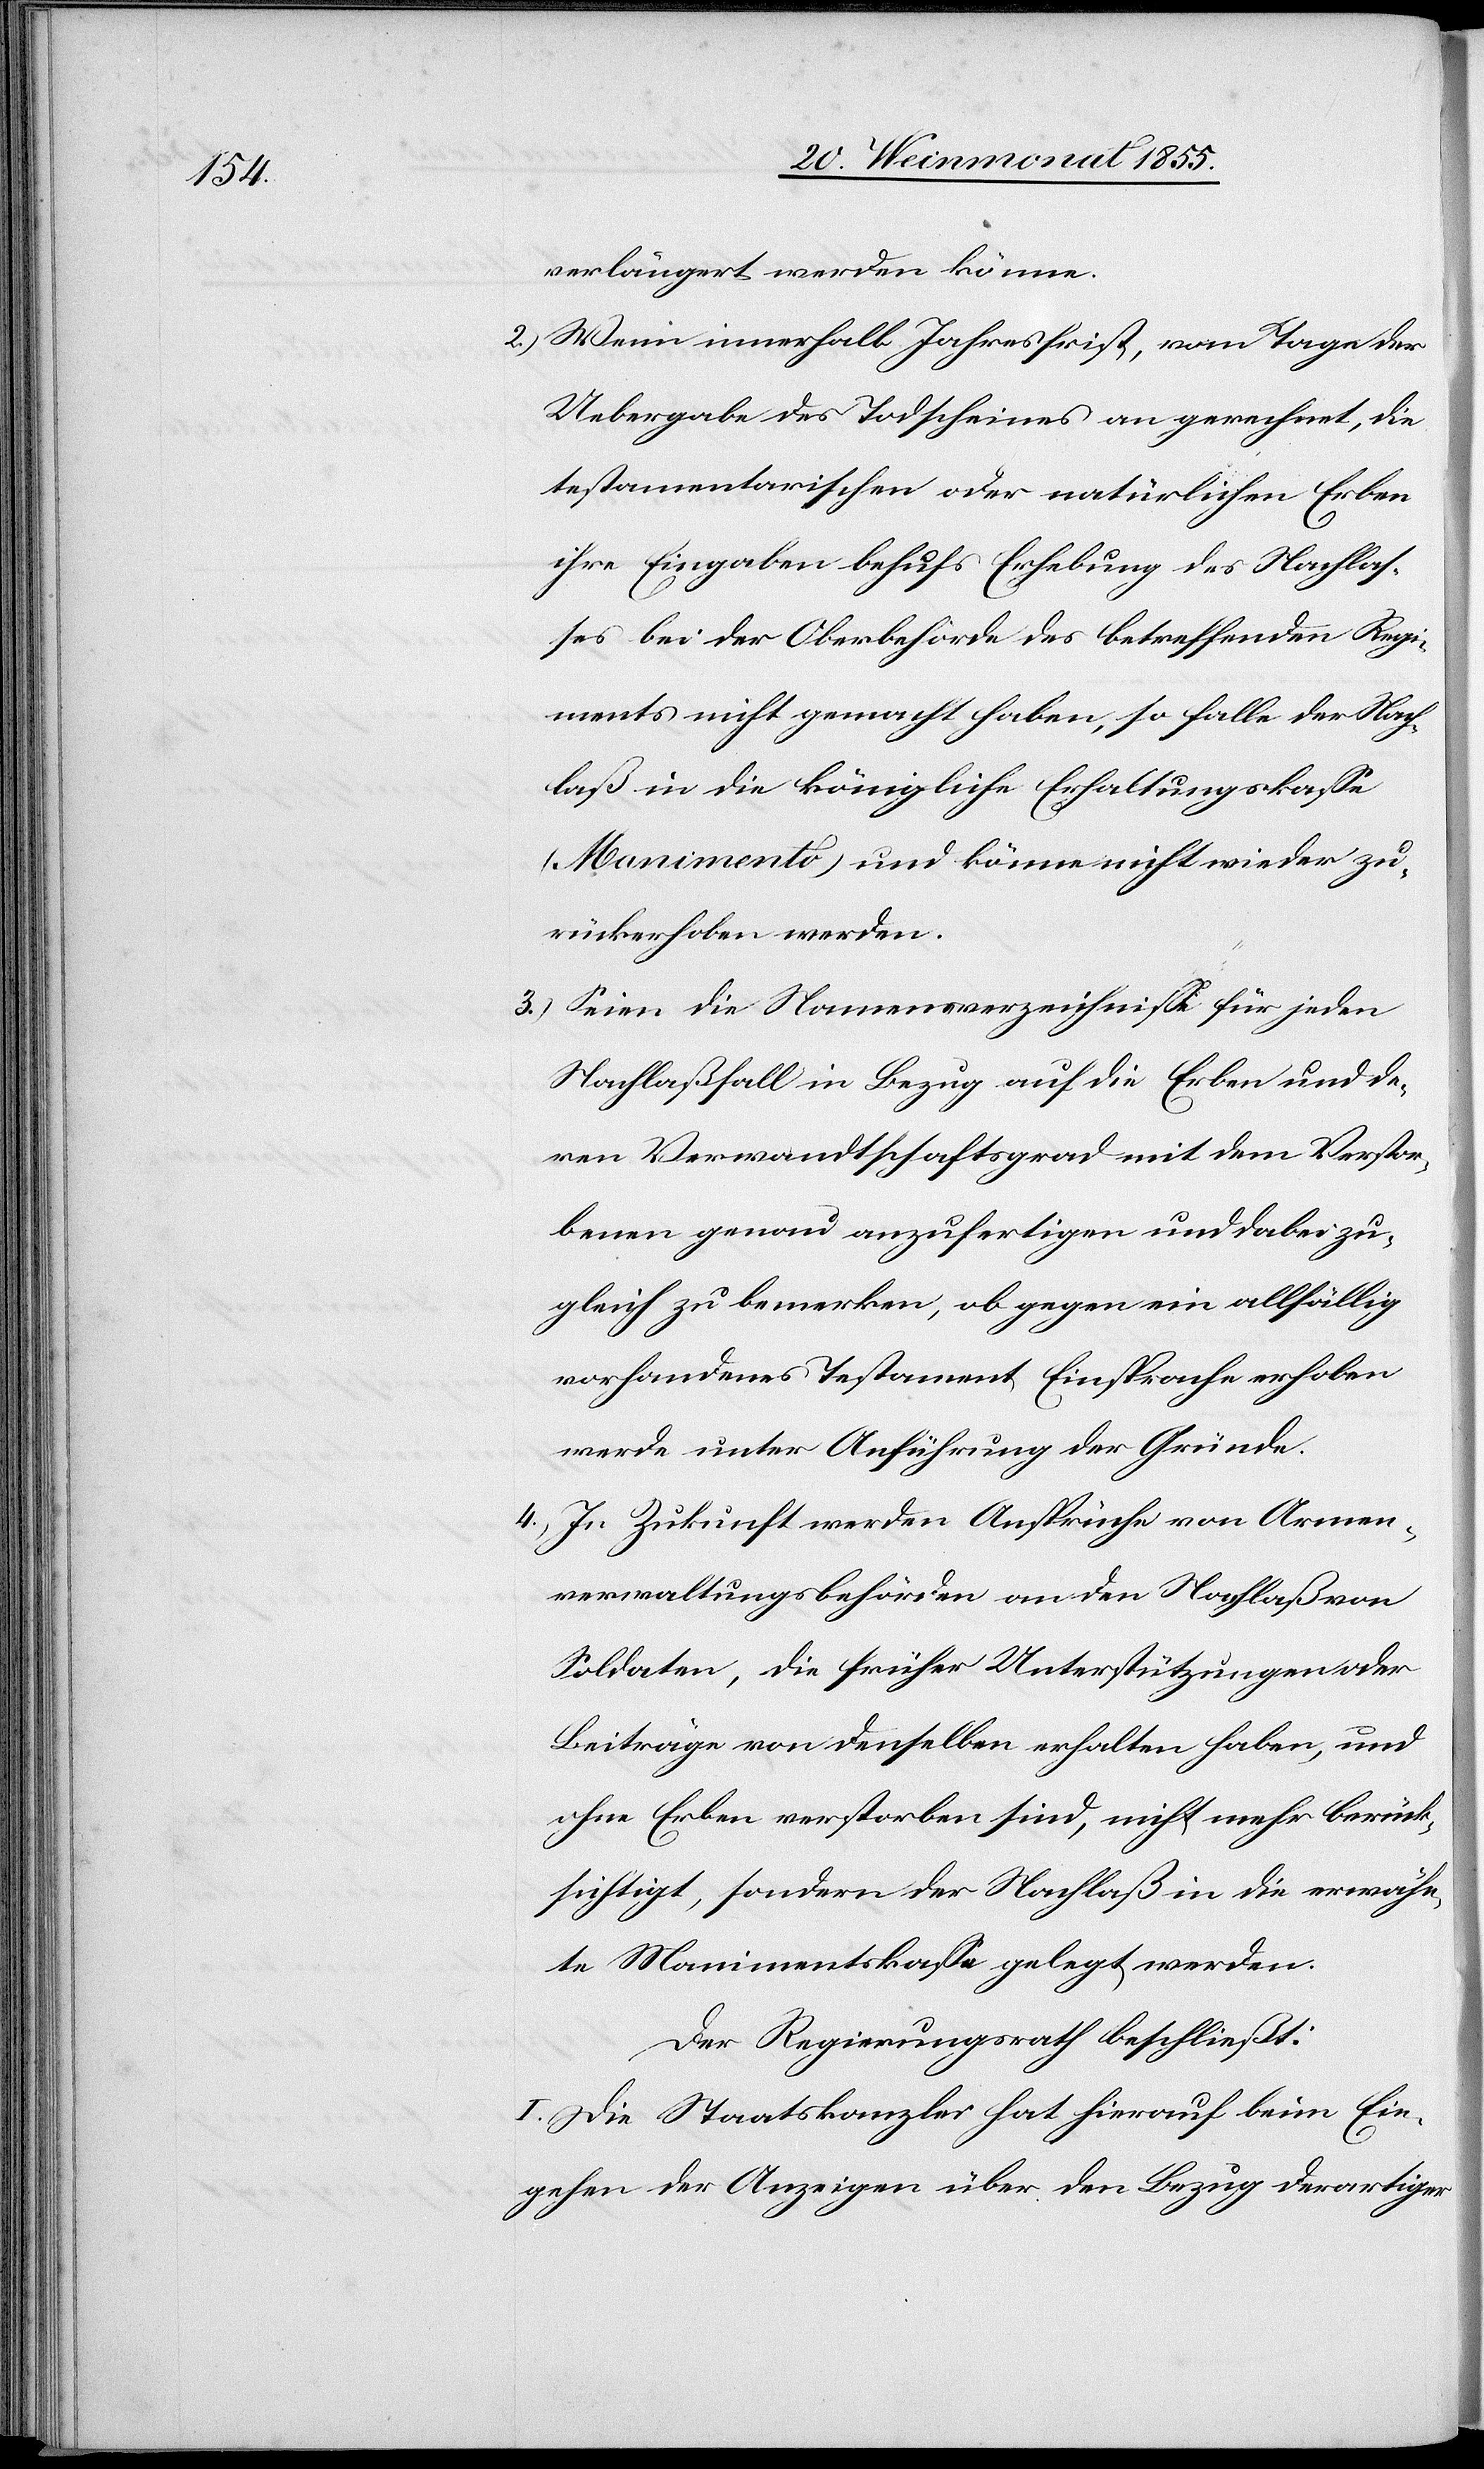
verlängert werden könne.
Wenn innerhalb Jahresfrist, vom Tage der
Uebergabe des Todscheines an gerechnet, die
testamentarischen oder natürlichen Erben
ihre Eingaben behufs Erhebung des Nachlas¬
ses bei der Oberbehörde des betreffenden Regi¬
ments nicht gemacht haben, so falle der Nach¬
laß in die königliche Erhaltungskasse
(Manimento) und könne nicht wieder zu¬
rückerhoben werden.
Seien die Namensverzeichnisse für jeden
Nachlaßfall in Bezug auf die Erben und de¬
ren Verwandtschaftsgrad mit dem Verstor¬
benen genau anzufertigen und dabei zu¬
gleich zu bemerken, ob gegen ein allfällig
vorhandenes Testament Einsprache erhoben
werde unter Anführung der Gründe.
In Zukunft werden Ansprüche von Armen¬
verwaltungsbehörden an den Nachlaß von
Soldaten, die früher Unterstützungen oder
Beiträge von denselben erhalten haben, und
ohne Erben verstorben sind, nicht mehr berück¬
sichtigt, sondern der Nachlaß in die erwähn¬
te Manimentskasse gelegt werden.
Der Regierungsrath beschließt:
I. Die Staatskanzlei hat hierauf beim Ein¬
gehen der Anzeigen über den Bezug derartiger